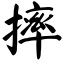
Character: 摔